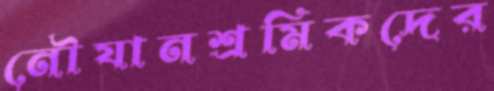
নৌযানশ্রমিকদের